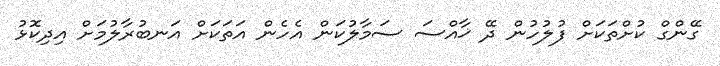
ގޭންގް ކުށްތަކަށް ފުލުހުން ދޭ ޚާއްސަ ސަމާލުކަން އެހެން އަތަކަށް އަނބުރާލުމަށް އިދިކޮޅު